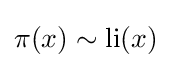
\pi (x)\sim \operatorname {li} (x)